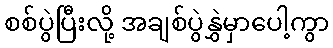
စစ်ပွဲပြီးလို့ အချစ်ပွဲနွှဲမှာပေါ့ကွာ